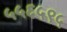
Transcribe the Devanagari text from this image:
५५६५९५